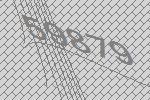
59879